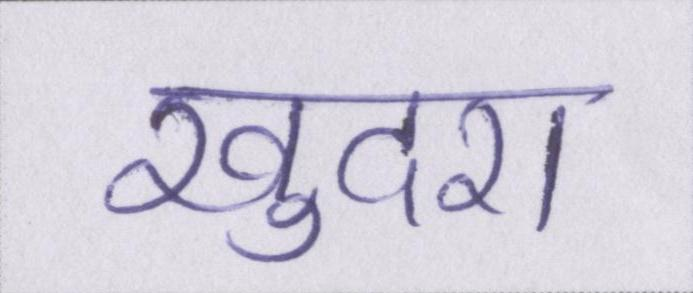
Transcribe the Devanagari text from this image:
खुदरा